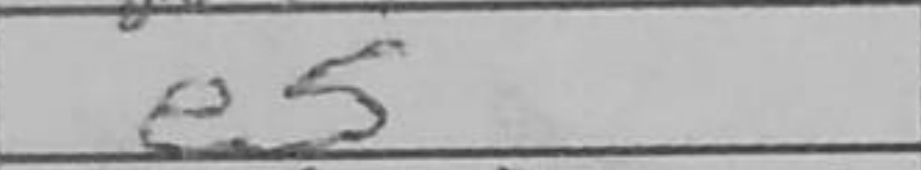
Transcription: e5